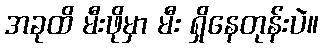
အခုထိ မီးဖိုမှာ မီး ရှိနေတုန်းပဲ။